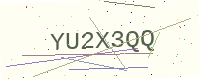
Text: YU2X3QQ